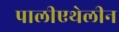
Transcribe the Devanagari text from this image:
पालीएथेलीन